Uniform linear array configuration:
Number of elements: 24
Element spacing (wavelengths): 0.75
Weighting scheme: cosine
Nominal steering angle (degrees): -15
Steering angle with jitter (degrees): -15.535
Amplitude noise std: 0.05
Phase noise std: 0.05

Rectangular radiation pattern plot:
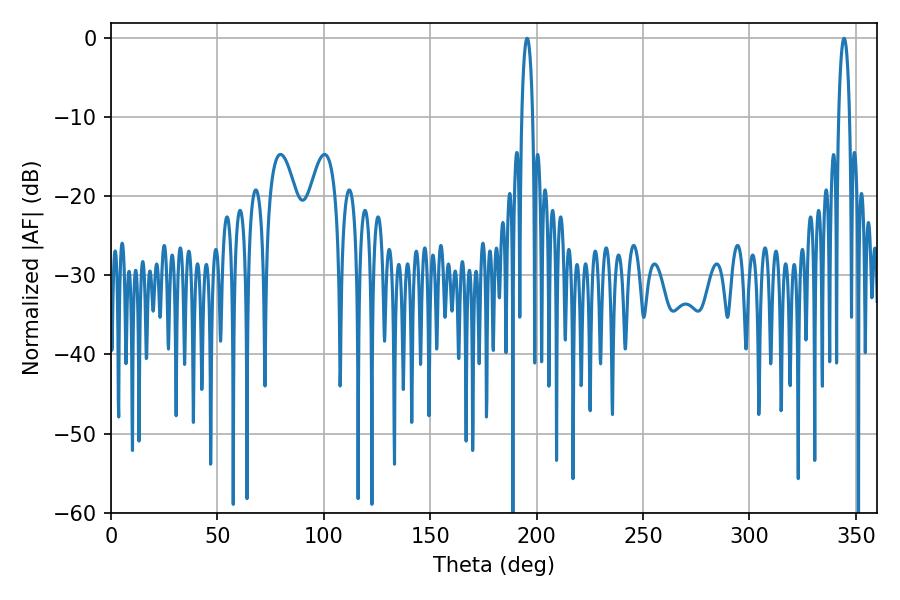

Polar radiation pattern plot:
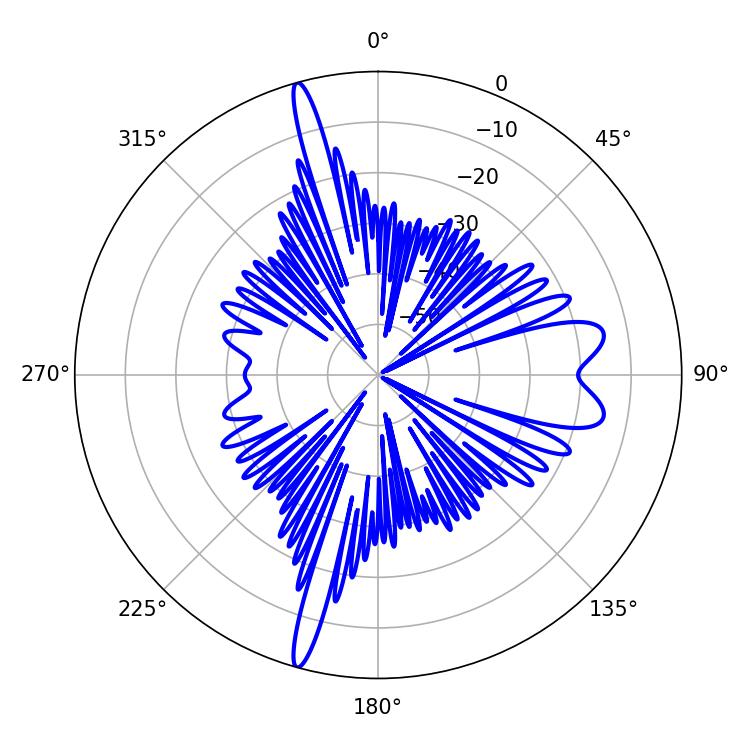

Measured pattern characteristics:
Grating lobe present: TRUE
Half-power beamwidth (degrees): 2.88
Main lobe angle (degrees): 344.52